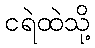
ငရဲထဲသို့